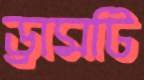
ড্রামটি